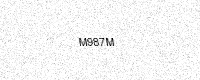
Text: M987M